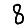
Digit: 8